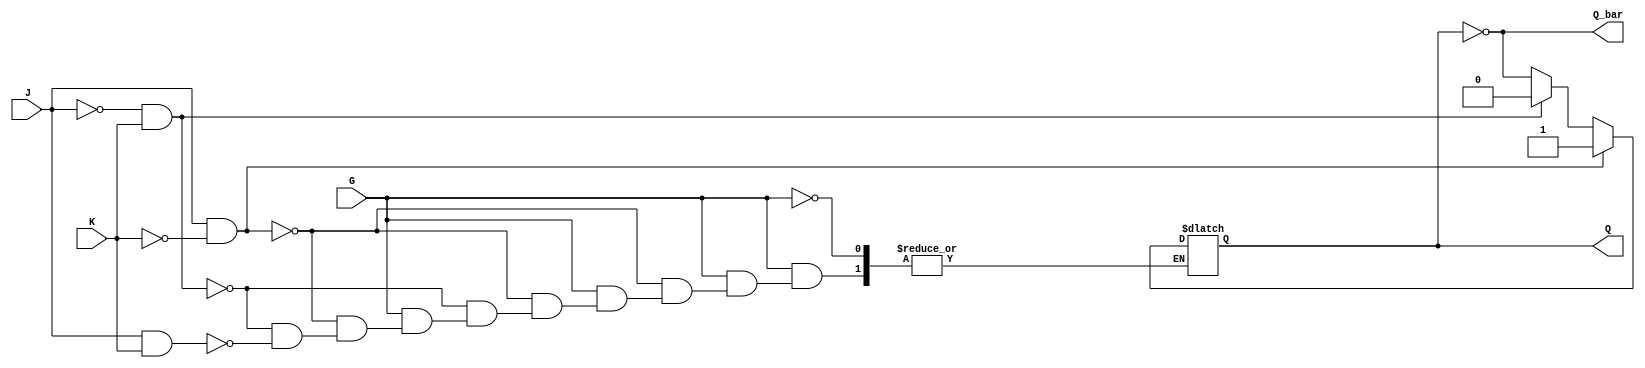
module GatedJKLatch (
    input wire J,         // Input J
    input wire K,         // Input K
    input wire G,         // Enable input
    output reg Q,         // Output Q
    output wire Q_bar     // Complementary output (not Q)
);

// Complementary output
assign Q_bar = ~Q;

// Sequential logic for Gated JK Latch
always @(*) begin
    if (G) begin // When Enable is high
        if (J && ~K) begin
            Q = 1; // Set
        end else if (~J && K) begin
            Q = 0; // Reset
        end else if (J && K) begin
            Q = ~Q; // Toggle
        end // If J = 0 and K = 0, Q retains its previous state
    end
    // If G is low, Q retains its previous state
end

endmodule